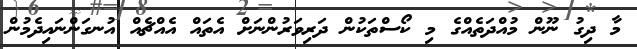
މާ ދިގު ނޫން މުއްދަތެއްގެ މި ކޯސްތަކުން ދަރިވަރުންނަށް އެތައް އެއްޗެއް އުނގަންނައިދެމުން